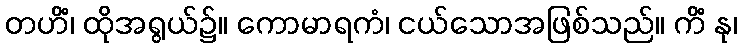
တဟိံ၊ ထိုအရွယ်၌။ ကောမာရကံ၊ ငယ်သောအဖြစ်သည်။ ကိံ နု၊